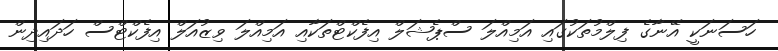
ހަސަނަކީ އޭނާގެ ފިލްމުތަކުގައި އަމިއްލަ ސްޕެޝަލް އިފެކްޓްތަކާއި އަމިއްލަ ވިޒުއަލް އިފެކްޓްސް ހަދައިދިން